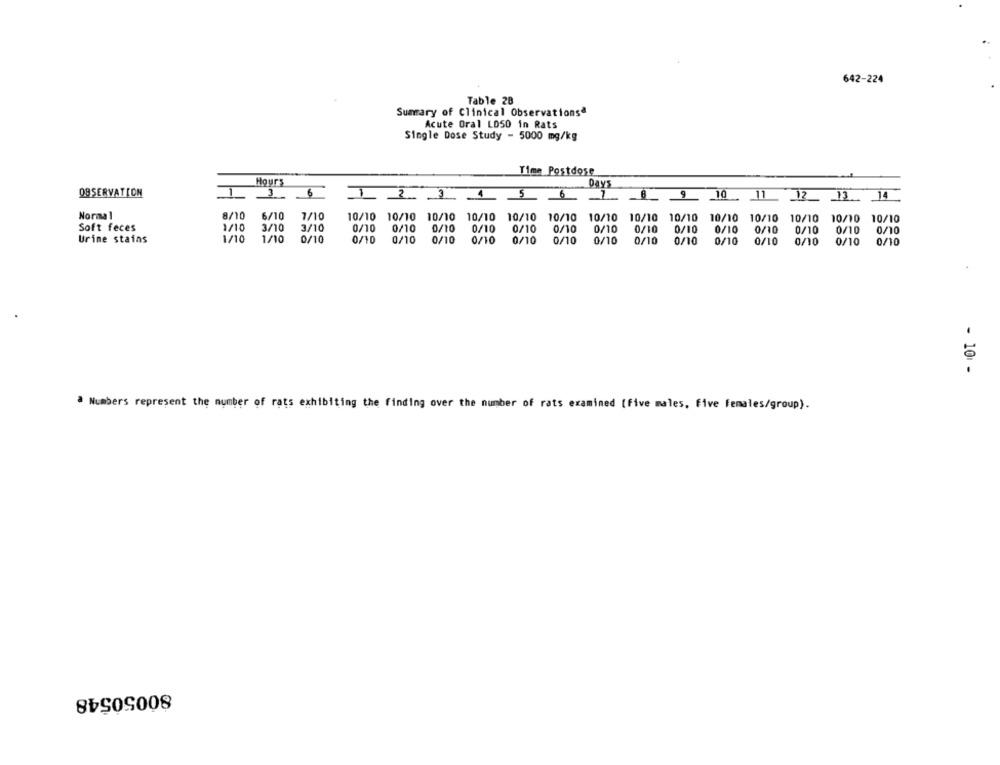
642-224
Table 28
Summary of Clinical Observationsª
Acute Oral LOSO in Rats
Single Dose Study - 5000 mg/kg
Time Postdose
Hours
Days
OBSERVATION
3
6
1
2- 345.
6
9
10
11
12
13
14
Normal
8/10
6/10
7/10
10/10 10/10
10/10
10/10
10/10 10/10
10/10 10/10 10/10 10/10
10/10 10/10
10/10
10/10
Soft feces
2/10
3/10
3/10
0/10
0/10
0/10
0/10
0/10
0/10
0/10
0/10
0/10
0/10
0/10
0/10
0/10
0/10
1/10
Urine stains
1/10
0/10
0/10
0/10
0/10
0/10
0/10
0/10
0/10
0/10
0/10
0/10
0/10
0/10
0/10
0/10
- 10 -
Numbers represent the number of rats exhibiting the finding over the number of rats examined (five males, Five females/group).
80050548